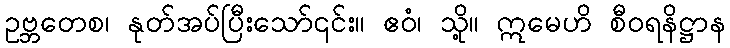
ဥဗ္ဘတေစ၊ နုတ်အပ်ပြီးသော်၎င်း။ ဧဝံ၊ သို့။ ဣမေဟိ စီဝရနိဋ္ဌာန